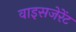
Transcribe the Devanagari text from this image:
वाइसजेरेंट